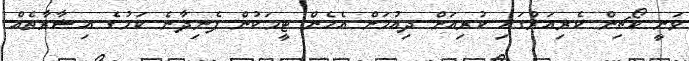
ވަނީ ކޯޗިން ކެރިއަރުގައި ކުރިއަށް ދިއުމަށް އެހެން ޓީމަކުން ފެނިދާނެ ކަމުގެ އިޝާރާތެއް